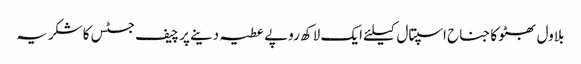
بلاول بھٹو کا جناح اسپتال کیلئے ایک لاکھ روپے عطیہ دینے پر چیف جسٹس کاشکریہ